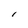
Character: 1